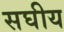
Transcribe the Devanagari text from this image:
सघीय